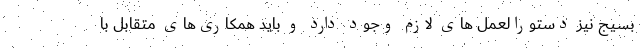
بسیج نیز دستورالعمل های لازم وجود دارد و باید همکاری‌های متقابل با